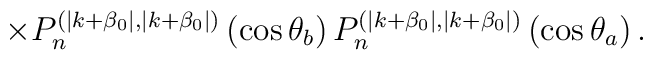
\times P_n^{(\mid k+\beta _0\mid ,\mid k+\beta _0\mid )}\left(\cos \theta _b\right) P_n^{(\mid k+\beta _0\mid ,\mid k+\beta _0\mid )}\left(\cos \theta _a\right) .